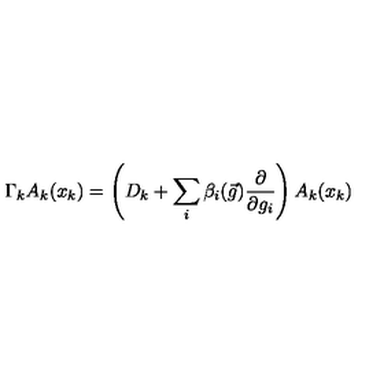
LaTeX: \Gamma _ { k } A _ { k } ( x _ { k } ) = \left( D _ { k } + \sum _ { i } \beta _ { i } ( \vec { g } ) \frac { \partial } { \partial g _ { i } } \right) A _ { k } ( x _ { k } )